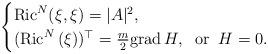
LaTeX: \begin{align*}\begin{cases}{\rm Ric}^N(\xi,\xi)=|A|^{2},\\({\rm Ric}^N\,(\xi))^{\top}=\frac{m}{2} {\rm grad}\, H,\;\;{\rm or}\;\; H=0.\end{cases}\end{align*}